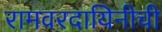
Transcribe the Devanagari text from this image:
रामवरदायिनीची